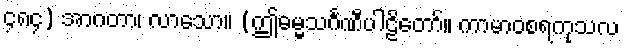
၄၈၄) အာဂတာ၊ လာသော။ (ဤဓမ္မသင်္ဂဏီပါဠိတော်။ ကာမာဝစရကုသလ